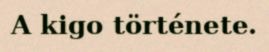
A kigo története.